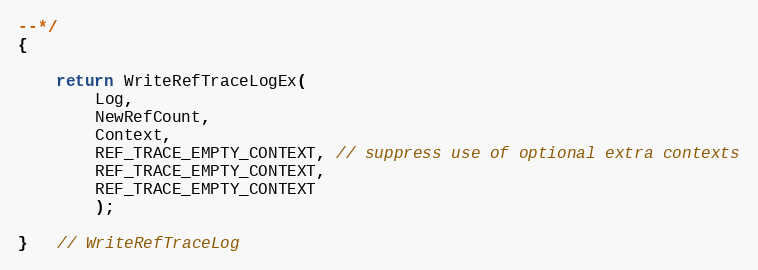
Language: C
--*/
{

    return WriteRefTraceLogEx(
        Log,
        NewRefCount,
        Context,
        REF_TRACE_EMPTY_CONTEXT, // suppress use of optional extra contexts
        REF_TRACE_EMPTY_CONTEXT,
        REF_TRACE_EMPTY_CONTEXT
        );

}   // WriteRefTraceLog